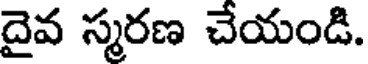
దైవ స్మరణ చేయండి.